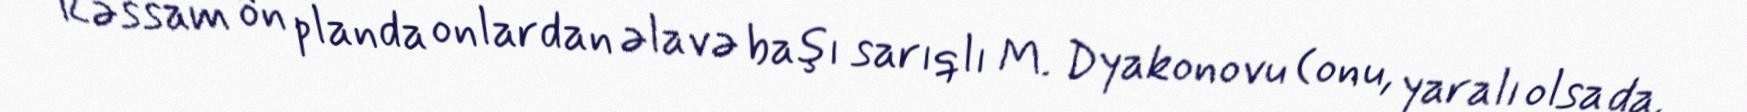
Rəssam ön planda onlardan əlavə başı sarıqlı M. Dyakonovu (onu, yaralı olsa da,